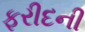
ફરીદની